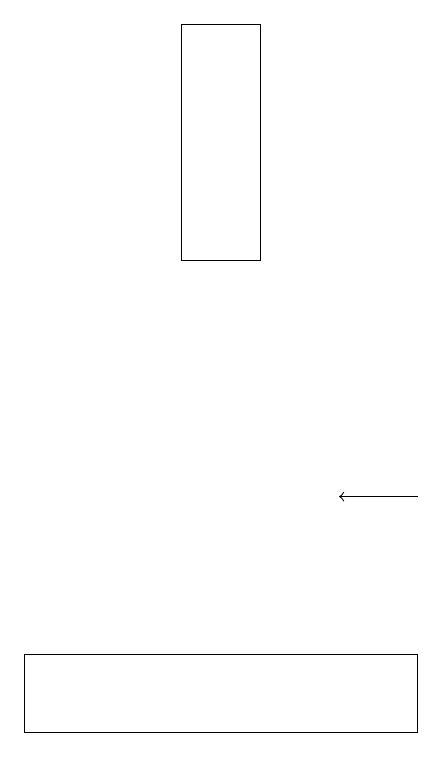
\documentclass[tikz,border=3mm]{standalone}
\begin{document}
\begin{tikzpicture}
\draw (0,10) rectangle (5,11);
\draw (2,19) rectangle (3,16);
\draw[->] (5,13) -- (4,13);
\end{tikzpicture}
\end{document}